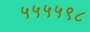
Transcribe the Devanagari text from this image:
५५५५९८